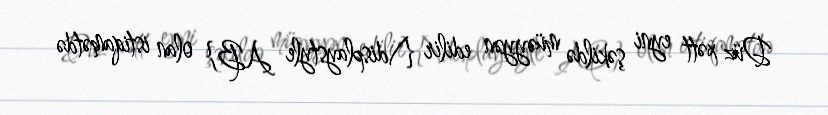
Düz xətt eyni şəkildə müəyyən edilir {\displaystyle AB} olan istiqamətdə